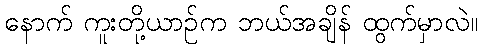
နောက် ကူးတို့ယာဉ်က ဘယ်အချိန် ထွက်မှာလဲ။